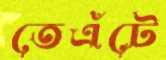
তেএঁটে